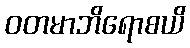
ဝတမာဘိရောစယိ